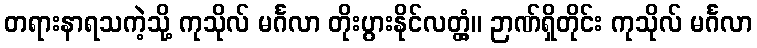
တရားနာရသကဲ့သို့ ကုသိုလ် မင်္ဂလာ တိုးပွားနိုင်လတ္တံ့။ ဉာဏ်ရှိတိုင်း ကုသိုလ် မင်္ဂလာ